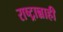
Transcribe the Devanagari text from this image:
राष्ट्रान्नाही